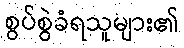
စွပ်စွဲခံရသူများ၏